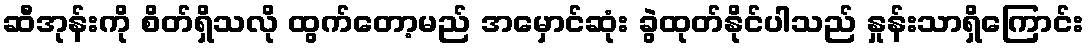
ဆီအုန်းကို စိတ်ရှိသလို ထွက်တော့မည် အမှောင်ဆုံး ခွဲထုတ်နိုင်ပါသည် နှုန်းသာရှိကြောင်း